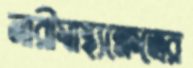
নারীস্বাস্থ্যক্ষেত্রের